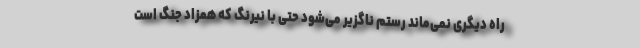
راه دیگری نمی‌ماند رستم ناگزیر می‌شود حتی با نیرنگ که همزاد جنگ است